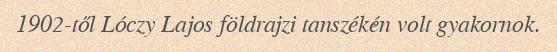
1902-től Lóczy Lajos földrajzi tanszékén volt gyakornok.